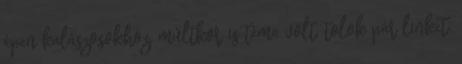
épen kalászosokhoz, múltkor is téma volt, tolok pár linket: